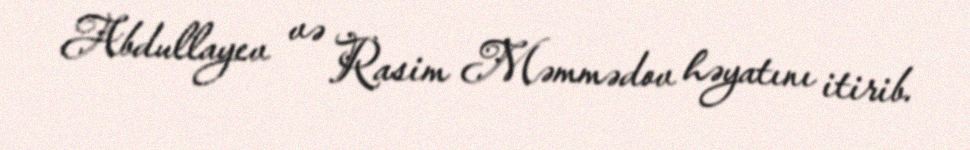
Abdullayev və Rasim Məmmədov həyatını itirib.